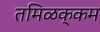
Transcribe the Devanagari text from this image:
तमिळक्कम